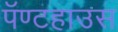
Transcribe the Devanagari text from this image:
पॅण्टहाउस